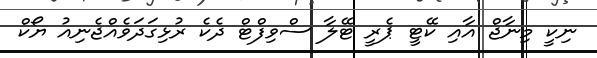
ނިކީ މިނާޖް އާއި ކޭޓީ ޕެރީ ޓޭލާ ސްވިފްޓް ދެކެ ރުޅިގަދަވެއްޖެނިއު ޔޯކް